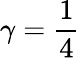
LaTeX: \gamma=\frac{1}{4}